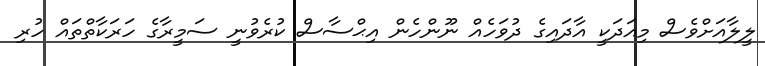
ލީލާއަށްވެސް މިއަދަކީ އާދައިގެ ދުވަހެއް ނޫންހެން އިޙްސާސް ކުރެވުނީ ސަމީރާގެ ހަރަކާތްތައް ހުރި